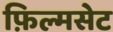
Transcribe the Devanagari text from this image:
फ़िल्मसेट